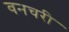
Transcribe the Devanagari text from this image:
वनचरी